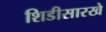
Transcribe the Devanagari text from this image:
शिडीसारखे